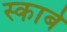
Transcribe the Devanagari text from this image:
स्काबे